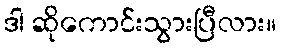
ဒါ ဆိုကောင်းသွားပြီလား။